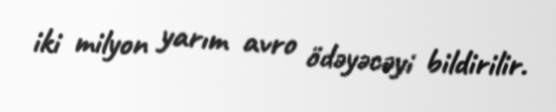
iki milyon yarım avro ödəyəcəyi bildirilir.